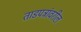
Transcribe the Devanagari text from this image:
ताडपत्रांवरील